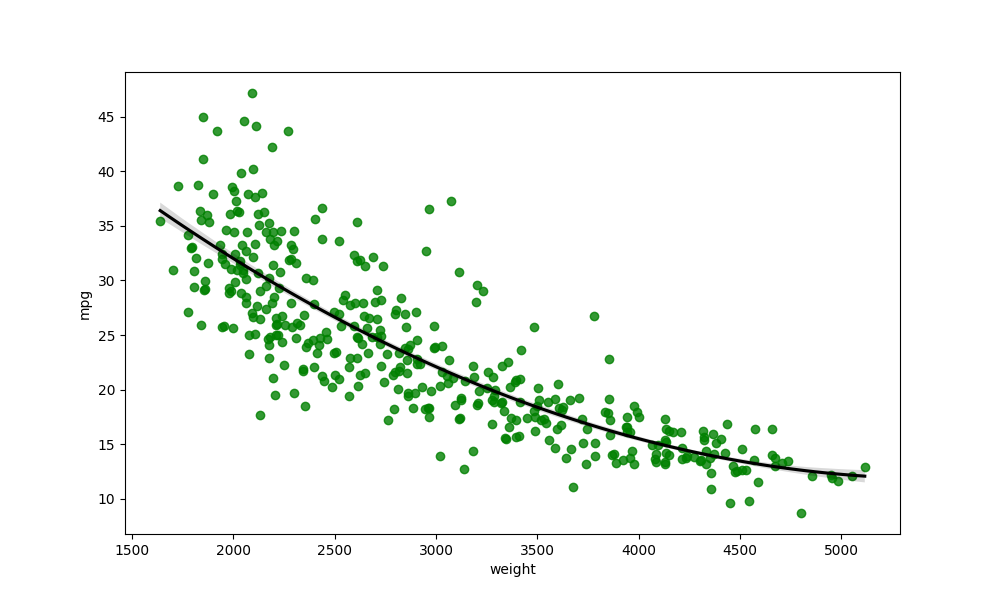
python, seaborn, regplot, order=2, ci=68, scatter_color=green, line_color=black